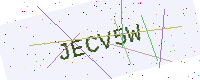
Text: JECV5W